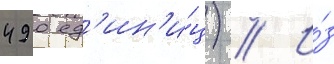
490 ед'ин'и́ц) // И́з